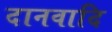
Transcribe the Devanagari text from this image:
दानवादि